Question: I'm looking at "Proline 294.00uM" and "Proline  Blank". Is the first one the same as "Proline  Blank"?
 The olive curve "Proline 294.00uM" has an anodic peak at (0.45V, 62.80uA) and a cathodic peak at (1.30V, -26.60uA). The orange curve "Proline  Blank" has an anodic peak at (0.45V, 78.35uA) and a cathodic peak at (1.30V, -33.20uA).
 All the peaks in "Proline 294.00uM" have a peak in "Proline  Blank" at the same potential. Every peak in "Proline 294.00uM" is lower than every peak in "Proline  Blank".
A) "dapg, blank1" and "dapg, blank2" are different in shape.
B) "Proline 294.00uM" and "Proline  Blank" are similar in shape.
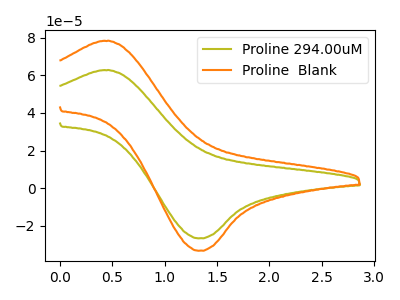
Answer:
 <answer>B) "Proline 294.00uM" and "Proline  Blank" are similar in shape.</answer>
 <eval>B</eval>